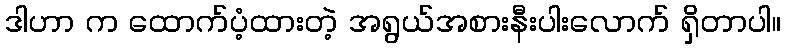
ဒါဟာ က ထောက်ပံ့ထားတဲ့ အရွယ်အစားနီးပါးလောက် ရှိတာပါ။